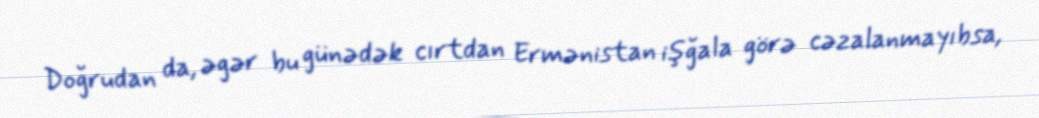
Doğrudan da, əgər bu günədək cırtdan Ermənistan işğala görə cəzalanmayıbsa,